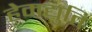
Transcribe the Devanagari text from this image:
हेमद्युति